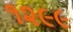
૧૨૯૯